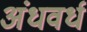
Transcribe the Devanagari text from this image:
अंधवर्ध